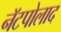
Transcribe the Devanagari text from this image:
नॅटपोलाद